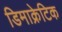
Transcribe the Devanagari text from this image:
डिमाक्रेटिक